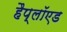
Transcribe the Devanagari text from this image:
हैप्लॉएड